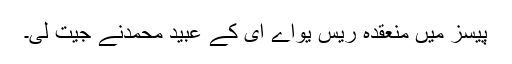
پیسز میں منعقدہ ریس یواے ای کے عبید محمدنے جیت لی۔